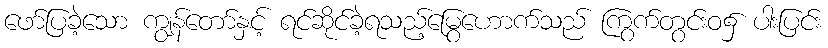
ဖော်ပြခဲ့သော ကျွန်တော်နှင့် ရင်ဆိုင်ခဲ့ရသည့်မြွေဟောက်သည် ကြွက်တွင်းဝ၌ ပါးပြင်း